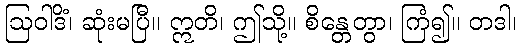
ဩဝါဒိံ၊ ဆုံးမပြီ။ ဣတိ၊ ဤသို့။ စိန္တေတွာ၊ ကြံ၍။ တဒါ၊